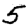
Digit: 5